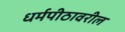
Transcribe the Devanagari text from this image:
धर्मपीठावरील